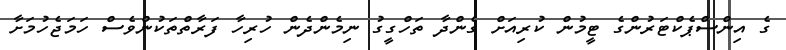
ގެ އިންސްޕެކްޓަރުންގެ ޓީމުން ކުރިއަށް ގެންދާ ތަހްގީގު ނިމެންދެން ހުރިހާ ފަރާތްތަކުންވެސް ހަމަޖެހުމަށާ